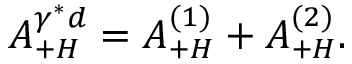
{ \cal A } _ { + H } ^ { \gamma ^ { * } d } = { \cal A } _ { + H } ^ { ( 1 ) } + { \cal A } _ { + H } ^ { ( 2 ) } .